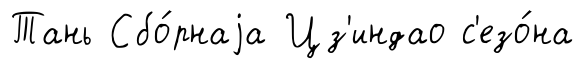
Тань Сбо́рнаjа Цз'индао с'езо́на